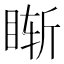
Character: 𥇢